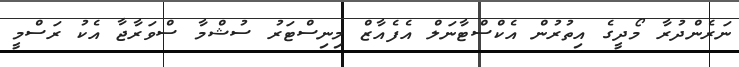
ނަރެންދުރާ މޯދީގެ އިތުރުން އެކްސްޓާނަލް އެފެއާޒް މިނިސްޓަރު ސުޝްމާ ސްވަރާޖާ އެކު ރަސްމީ